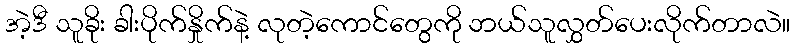
အဲ့ဒီ သူခိုး ခါးပိုက်နှိုက်နဲ့ လုတဲ့ကောင်တွေကို ဘယ်သူလွှတ်ပေးလိုက်တာလဲ။